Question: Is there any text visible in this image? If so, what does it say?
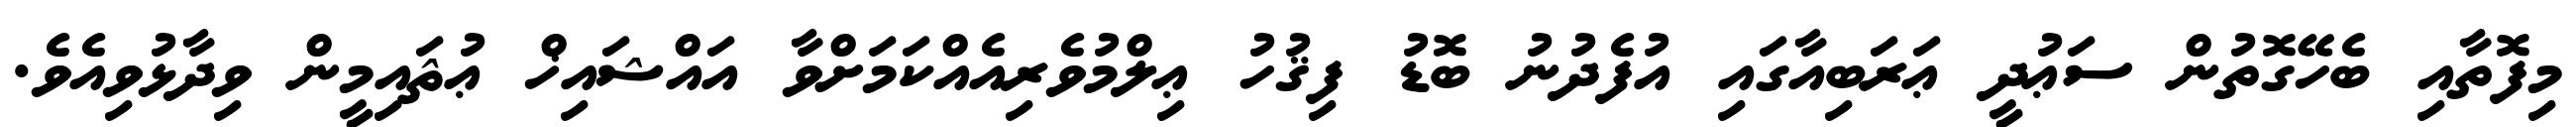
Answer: މިފޮތާއި ބެހޭގޮތުން ސަޢުދީ ޢަރަބިއާގައި އުފެދުނު ބޮޑު ފިޤުހު ޢިލްމުވެރިއެއްކަމަށްވާ އައްޝައިޚް ޢުޘައިމީން ވިދާޅުވިއެވެ.